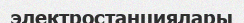
электростанциялары